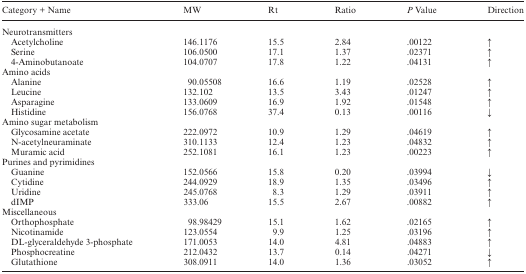
| Category + Name | MW | Rt | Ratio | P Value | Direction |
 | --- | --- | --- | --- | --- | --- |
 | <COLSPAN=6> Neurotransmitters |
 | Acetylcholine | 146.1176 | 15.5 | 2.84 | .00122 | ↑ |
 | Serine | 106.0500 | 17.1 | 1.37 | .02371 | ↑ |
 | 4-Aminobutanoate | 104.0707 | 17.8 | 1.22 | .04131 | ↑ |
 | <COLSPAN=6> Amino acids |
 | Alanine | 90.05508 | 16.6 | 1.19 | .02528 | ↑ |
 | Leucine | 132.102 | 13.5 | 3.43 | .01247 | ↑ |
 | Asparagine | 133.0609 | 16.9 | 1.92 | .01548 | ↑ |
 | Histidine | 156.0768 | 37.4 | 0.13 | .00116 | ↓ |
 | <COLSPAN=6> Amino sugar metabolism |
 | Glycosamine acetate | 222.0972 | 10.9 | 1.29 | .04619 | ↑ |
 | N-acetylneuraminate | 310.1133 | 12.4 | 1.23 | .04832 | ↑ |
 | Muramic acid | 252.1081 | 16.1 | 1.23 | .00223 | ↑ |
 | <COLSPAN=6> Purines and pyrimidines |
 | Guanine | 152.0566 | 15.8 | 0.20 | .03994 | ↓ |
 | Cytidine | 244.0929 | 18.9 | 1.35 | .03496 | ↑ |
 | Uridine | 245.0768 | 8.3 | 1.29 | .03911 | ↑ |
 | dIMP | 333.06 | 15.5 | 2.67 | .00882 | ↑ |
 | <COLSPAN=6> Miscellaneous |
 | Orthophosphate | 98.98429 | 15.1 | 1.62 | .02165 | ↑ |
 | Nicotinamide | 123.0554 | 9.9 | 1.25 | .03196 | ↑ |
 | DL-glyceraldehyde 3-phosphate | 171.0053 | 14.0 | 4.81 | .04883 | ↑ |
 | Phosphocreatine | 212.0432 | 13.7 | 0.14 | .04271 | ↓ |
 | Glutathione | 308.0911 | 14.0 | 1.36 | .03052 | ↑ |